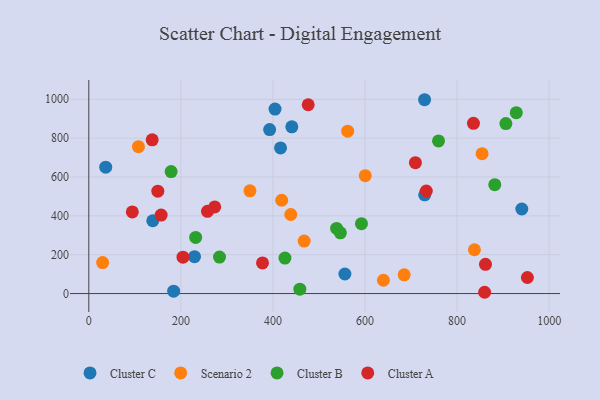
{"axis": {"x": "Experience", "y": "Exam Score"}, "legend": ["Cluster A", "Cluster B", "Cluster C", "Scenario 2"], "data": [{"x": "36.7", "y": 650.3, "type": "Cluster C"}, {"x": "441.0", "y": 858.1, "type": "Cluster C"}, {"x": "556.3", "y": 100.6, "type": "Cluster C"}, {"x": "184.3", "y": 12.4, "type": "Cluster C"}, {"x": "940.6", "y": 435.1, "type": "Cluster C"}, {"x": "404.5", "y": 949.7, "type": "Cluster C"}, {"x": "229.6", "y": 189.9, "type": "Cluster C"}, {"x": "138.9", "y": 374.8, "type": "Cluster C"}, {"x": "416.5", "y": 749.6, "type": "Cluster C"}, {"x": "729.4", "y": 997.6, "type": "Cluster C"}, {"x": "729.6", "y": 508.2, "type": "Cluster C"}, {"x": "392.8", "y": 844.0, "type": "Cluster C"}, {"x": "419.0", "y": 480.3, "type": "Scenario 2"}, {"x": "107.8", "y": 756.0, "type": "Scenario 2"}, {"x": "438.7", "y": 407.0, "type": "Scenario 2"}, {"x": "350.0", "y": 528.9, "type": "Scenario 2"}, {"x": "562.4", "y": 835.8, "type": "Scenario 2"}, {"x": "600.5", "y": 606.7, "type": "Scenario 2"}, {"x": "854.3", "y": 719.7, "type": "Scenario 2"}, {"x": "685.1", "y": 96.3, "type": "Scenario 2"}, {"x": "467.8", "y": 270.2, "type": "Scenario 2"}, {"x": "837.7", "y": 225.4, "type": "Scenario 2"}, {"x": "640.0", "y": 68.6, "type": "Scenario 2"}, {"x": "30.0", "y": 159.7, "type": "Scenario 2"}, {"x": "283.9", "y": 187.8, "type": "Cluster B"}, {"x": "906.0", "y": 874.9, "type": "Cluster B"}, {"x": "928.6", "y": 930.8, "type": "Cluster B"}, {"x": "458.4", "y": 22.7, "type": "Cluster B"}, {"x": "546.5", "y": 312.6, "type": "Cluster B"}, {"x": "881.9", "y": 560.5, "type": "Cluster B"}, {"x": "592.3", "y": 359.9, "type": "Cluster B"}, {"x": "178.8", "y": 628.0, "type": "Cluster B"}, {"x": "426.1", "y": 182.6, "type": "Cluster B"}, {"x": "538.3", "y": 335.0, "type": "Cluster B"}, {"x": "759.7", "y": 785.5, "type": "Cluster B"}, {"x": "232.1", "y": 288.8, "type": "Cluster B"}, {"x": "149.9", "y": 526.8, "type": "Cluster A"}, {"x": "733.1", "y": 527.2, "type": "Cluster A"}, {"x": "257.8", "y": 423.4, "type": "Cluster A"}, {"x": "709.5", "y": 673.7, "type": "Cluster A"}, {"x": "861.7", "y": 150.5, "type": "Cluster A"}, {"x": "94.5", "y": 420.2, "type": "Cluster A"}, {"x": "157.1", "y": 403.8, "type": "Cluster A"}, {"x": "137.7", "y": 791.4, "type": "Cluster A"}, {"x": "835.6", "y": 875.9, "type": "Cluster A"}, {"x": "204.6", "y": 187.5, "type": "Cluster A"}, {"x": "377.3", "y": 157.5, "type": "Cluster A"}, {"x": "273.5", "y": 445.7, "type": "Cluster A"}, {"x": "952.7", "y": 82.6, "type": "Cluster A"}, {"x": "859.8", "y": 6.6, "type": "Cluster A"}, {"x": "476.6", "y": 971.7, "type": "Cluster A"}]}